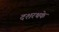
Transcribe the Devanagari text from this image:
दशरथके